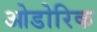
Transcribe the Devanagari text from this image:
ओडोरिक